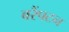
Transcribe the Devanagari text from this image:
बरैंपटन